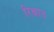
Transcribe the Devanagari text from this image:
रिक्षात